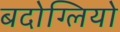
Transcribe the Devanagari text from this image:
बदोग्लियो